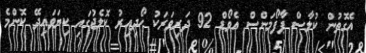
އެގޮތުން ކުލާސް ޕާފޯމަންސް އެވޯޑް 92 ދަރިވަރަކު ހޯދިއިރު ކޮލެޖުގައި ކިޔަވައިދޭ ކޮންމެ